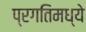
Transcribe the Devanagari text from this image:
प्रगतिमध्ये